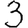
Digit: 3